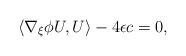
LaTeX: \begin{align*}\langle\nabla_{\xi}\phi U,U\rangle-4\epsilon c=0,\end{align*}